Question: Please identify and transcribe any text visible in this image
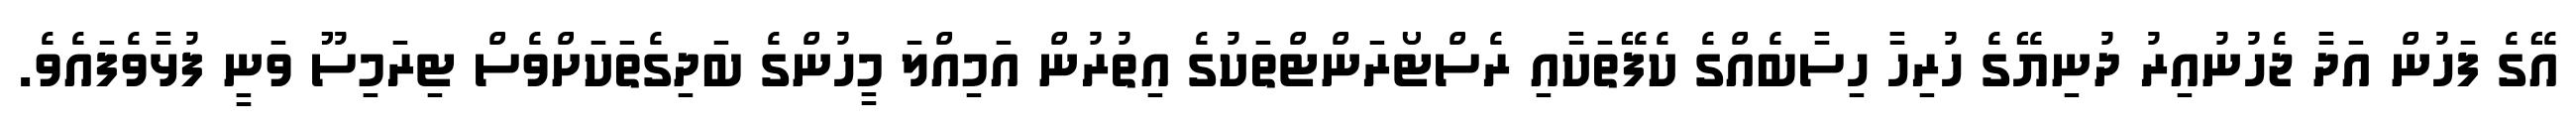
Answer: އޭގެ ފަހުން އަދާ ޖެހުނުއިރު ދުނިޔޭގެ ހުރިހާ ހިސާބެއްގެ ކެފޭތަކާއި ރެސްޓޯރަންޓްތަކުގެ އިތުރުން އަމިއްލަ މީހުންގެ ބަދިގެތަކަށްވެސް ޓިރަމިސޫ ވަނީ ފުޅާވެފައެވެ.